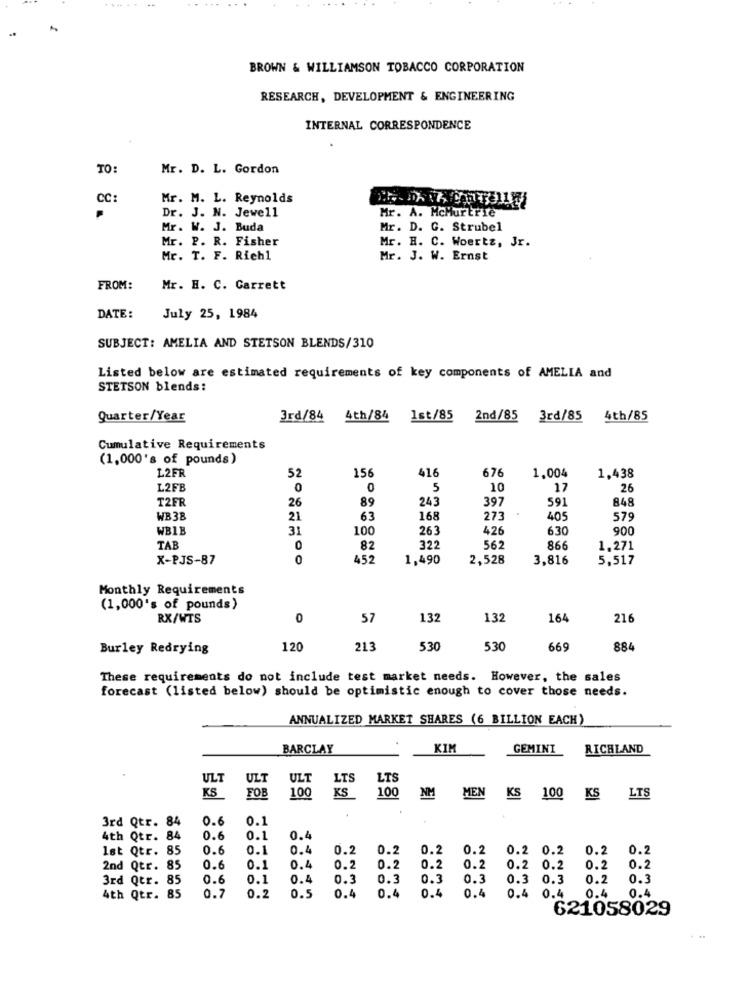
BROWN & WILLIAMSON TOBACCO CORPORATION
RESEARCH, DEVELOPMENT & ENGINEERING
INTERNAL CORRESPONDENCE
TO:
Mr. D. L. Gordon
CC:
Mr. M. L. Reynolds
Dr. J. N. Jewell
Mr. A. McMurtrie
Mr. W. J. Buda
Mr. D. G. Strubel
Mr. P. R. Fisher
Mr. H. C. Woertz, Jr.
Mr. T. F. Rich1
Mr. J. W. Ernst
FROM:
Mr. H. C. Garrett
DATE:
July 25, 1984
SUBJECT: AMELIA AND STETSON BLENDS/310
Listed below are estimated requirements of key components of AMELIA and
STETSON blends:
Quarter/Year
3rd/84 4th/84
1st/85 2nd/85
3rd/85
4th/85
Cumulative Requirements
(1,000's of pounds)
L2FR
52
156
676
416
1.004
1,438
L2FB
0
0
5
10
17
26
T2FR
89
243
397
591
848
26
WB 38
21
63
168
273
405
579
WB1B
31
100
263
426
630
900
TAB
0
82
322
562
866
1,271
X-PJS-87
0
452
1,490
2,528
3,816
5.517
Monthly Requirements
(1,000's of pounds)
RX/WTS
0
57
132
132
164
216
Burley Redrying
120
213
530
530
669
884
These requirements do not include test market needs. However, the sales
forecast (listed below) should be optimistic enough to cover those needs.
ANNUALIZED MARKET SHARES (6 BILLION EACH)
BARCLAY
GEMINI
RICHLAND
ULT
ULT
ULT
LTS
LTS
KS
100
KS
FOR
100
NM
MEN
KS 100 KS LTS
3rd Qtr. 84
0.6
0.1
4th Qtr. 84
0.6
0.1
0.4
Ist Qtr. 85
0.6
0.1
0.4
0.2
0.2
0.2
0.2
0.2 0.2
0.2
0.2
2nd Qtr. 85
0.6
0.1
O
0.2
0.2
0.2
0.2
0.2 0.2
0.2
0.2
3rd Qtr. 85
0.6
0.1
0.4
0.3
0.3
0.3
0.3
0.3 0.3
0.2
0.3
0.5
0.4
0.4
0.4
0.4
0.4
4th Qtr. 85
0.7
0.2
0.4
0.4
0.4
621058029